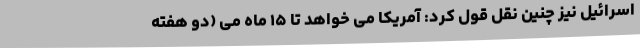
اسرائیل نیز چنین نقل قول کرد: آمریکا می خواهد تا ۱۵ ماه می (دو هفته